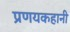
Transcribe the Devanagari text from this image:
प्रणयकहानी